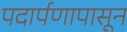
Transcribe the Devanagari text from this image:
पदार्पणापासून